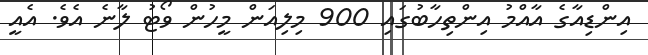
އިންޑިއާގެ އާއްމު އިންތިހާބުގައި 900 މިލިއަން މީހުން ވޯޓު ލާނެ އެވެ. އެއީ